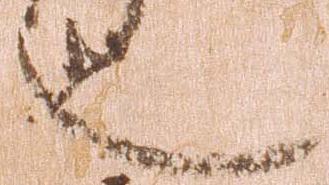
也